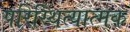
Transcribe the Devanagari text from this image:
परिस्थित्यात्मक